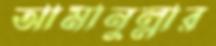
আমানুল্লার